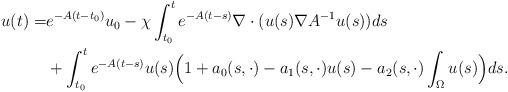
LaTeX: \begin{align*}u(t)=&e^{-A(t-t_0)}u_0 -\chi\int_{t_0}^t e^{-A(t-s)}\nabla\cdot ( u(s) \nabla A^{-1}u(s))ds\\&+\int_{t_0}^t e^{-A(t-s)}u(s)\Big(1+ a_0(s,\cdot)-a_1(s,\cdot)u(s)-a_2(s,\cdot)\int_{\Omega}u(s)\Big)ds.\end{align*}